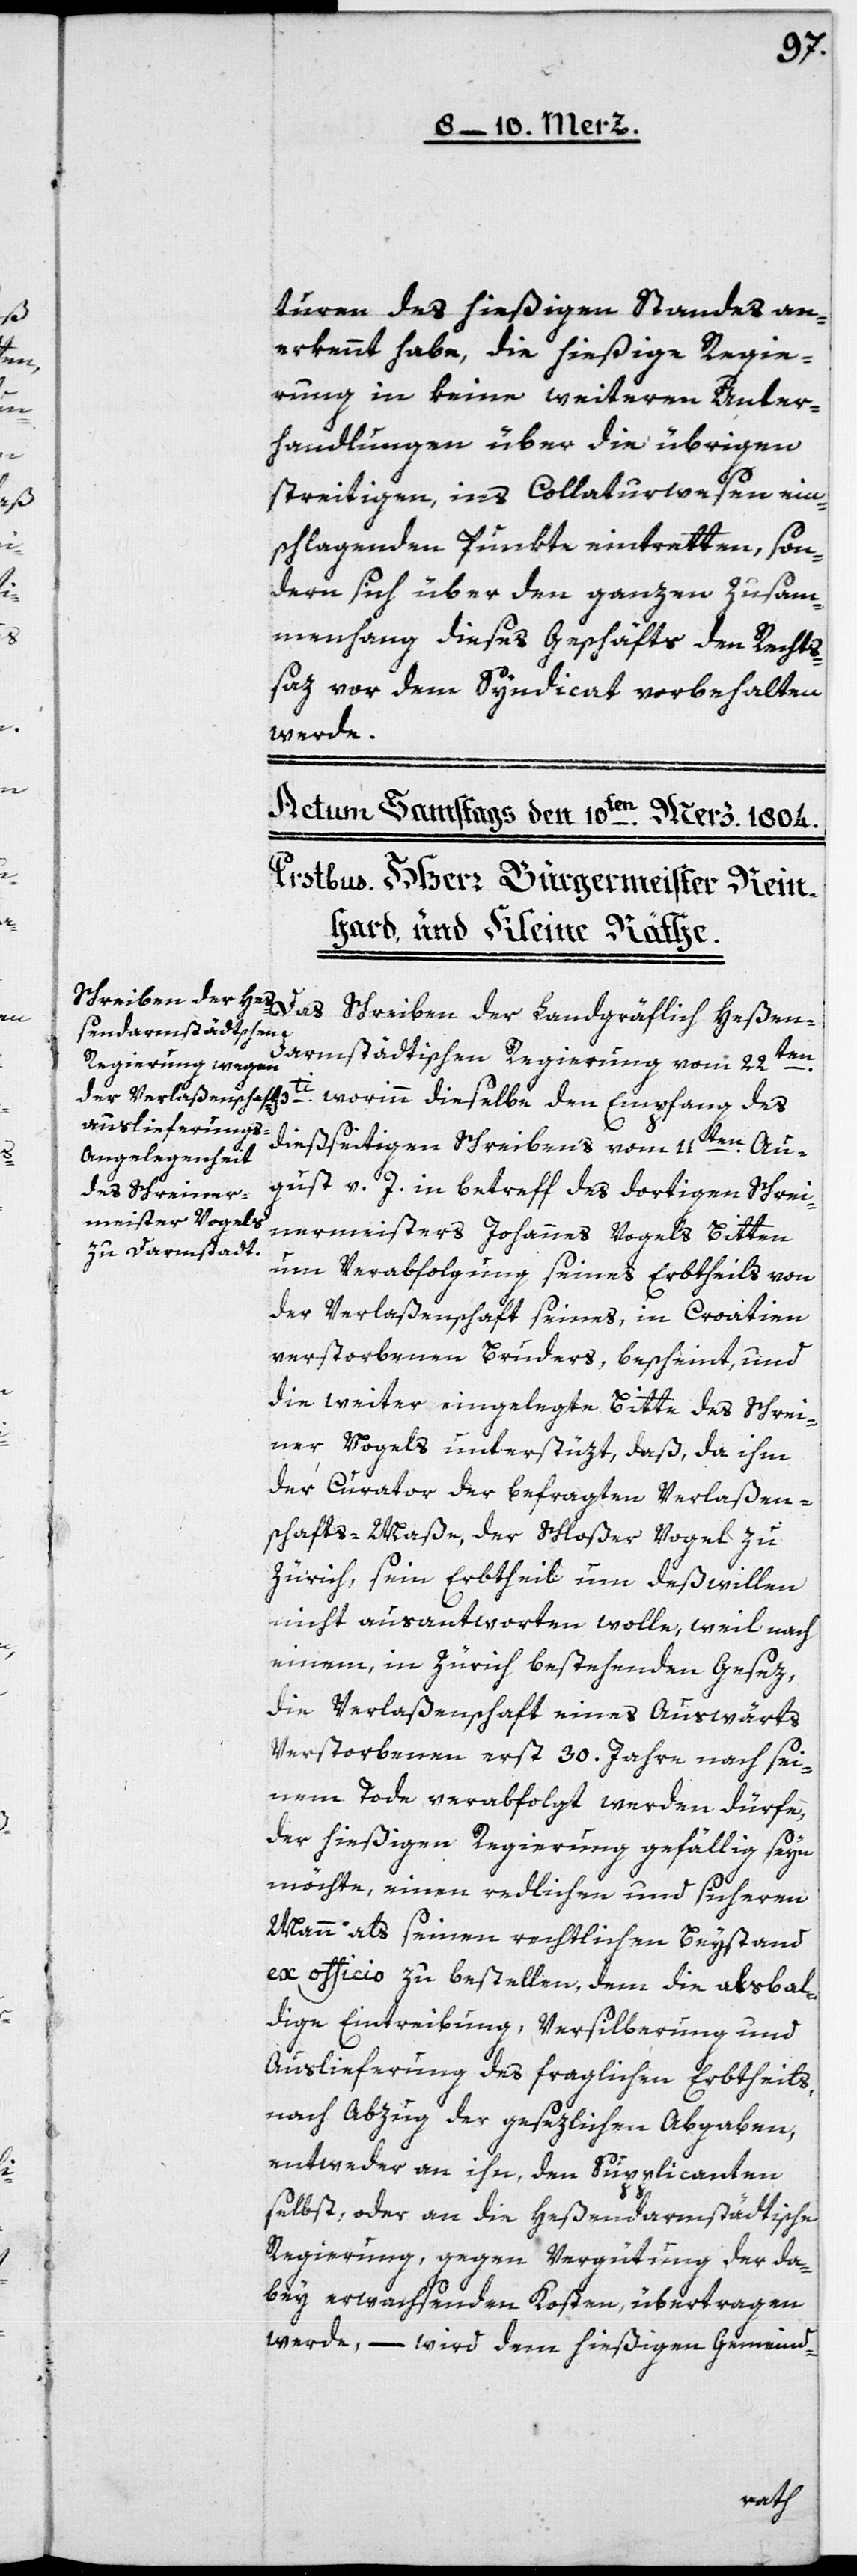
turen des hießigen Standes an¬
erkennt habe, die hießige Regie¬
rung in keine weiteren Unter¬
handlungen über die übrigen
streitigen, ins Collaturwesen ein¬
schlagenden Punkte eintretten, son¬
dern sich über den ganzen Zusam¬
menhang dieses Geschäfts den Rechts¬
saz vor dem Syndicat vorbehalten
werde.
Schreiben der Landgräflich Heßen-D¬
armstädtischen Regierung vom 22ten
pti, worinn dieselbe den Empfang des
dießeitigen Schreibens vom 11ten Au¬
gust v. J. in betreff des dortigen Schrei¬
nermeisters Johannes Vogels Bitten
um Verabfolgung seines Erbtheils von
der Verlaßenschaft seines, in Croatien
verstorbenen Bruders, bescheint, und
die weiter eingelegte Bitte des Schrei¬
ner Vogels unterstüzt, daß, da ihm
der Curator der befragten Verlaßen¬
schafts-Maße, der Schloßer Vogel zu
Zürich, sein Erbtheil um deßwillen
nicht ausantworten wolle, weil nach
einem, in Zürich bestehenden Gesez,
die Verlaßenschaft eines Auswärts
Verstorbenen erst 30. Jahre nach sei¬
nem Tode verabfolgt werden dürfe,
der hießigen Regierung gefällig seyn
möchte, einem redlichen und sicheren
Mann als seinen rechtlichen Beystand
ex officio zu bestellen, dem die alsbal¬
dige Eintreibung, Versilberung und
Auslieferung des fraglichen Erbtheils,
nach Abzug der gesezlichen Abgaben,
entweder an ihn, den Supplicanten
selbst, oder an die Heßendarmstädtische
Regierung, gegen Vergütung der da¬
bey erwachsenden Kosten, übertragen
werde, – wird dem hießigen Gemeind-